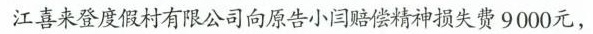
江喜来登度假村有限公司向原告小闫赔偿精神损失费9000元，